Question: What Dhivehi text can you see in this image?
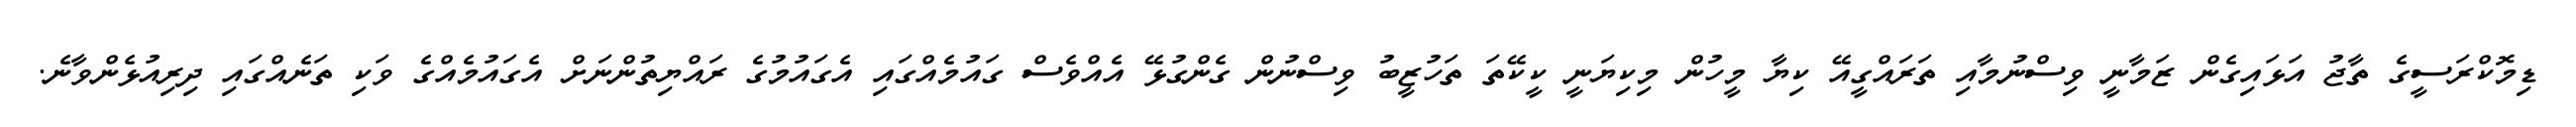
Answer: ޑިމޮކްރަސީގެ ތާޖު އަޅައިގެން ޒަމާނީ ވިސްނުމާއި ތަރައްގީއޭ ކިޔާ މީހުން މިކިޔަނީ ކީކޭތަ ތަހުޒީބު ވިސްނުން ގެންގުޅޭ އެއްވެސް ގައުމެއްގައި އެގައުމުގެ ރައްޔިތުންނަށް އެގައުމެއްގެ ވަކި ތަނެއްގައި ދިރިއުޅެންވާނެ.